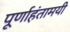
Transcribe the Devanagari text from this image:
पूर्णाहंतामयी